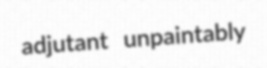
adjutant unpaintably